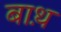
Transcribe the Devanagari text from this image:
बाथ़